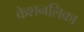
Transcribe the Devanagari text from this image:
केशनलिका